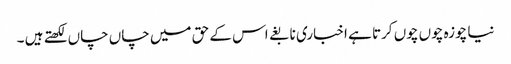
نیا چوزہ چوں چوں کرتا ہے اخباری نابغے اس کے حق میں چاں چاں لکھتے ہیں ۔